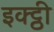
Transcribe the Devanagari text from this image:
इक्ट्ठी